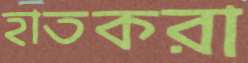
হাতকরা